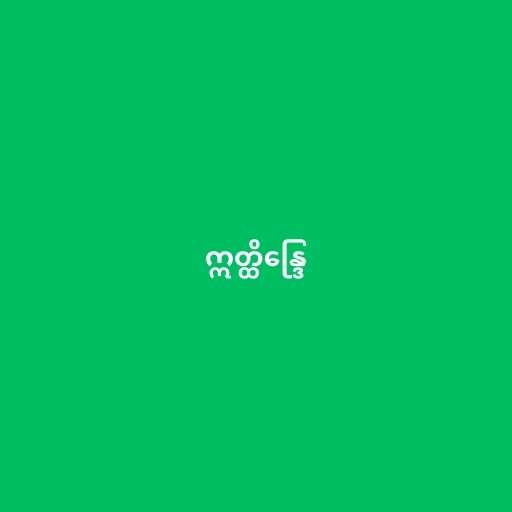
ဣတ္ထိန္ဒြေ